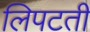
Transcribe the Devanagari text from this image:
लिपटती